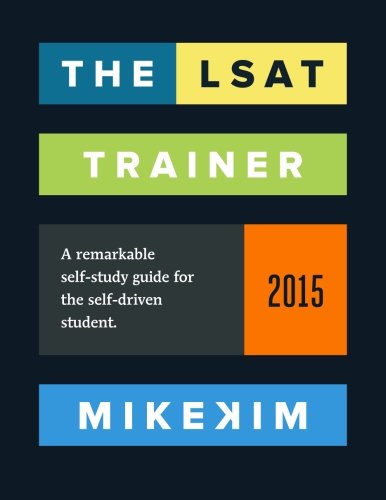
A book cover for The LSAT Trainer: A remarkable self-study guide for the self-driven student; Mike Kim; Test Preparation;